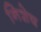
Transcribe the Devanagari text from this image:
निशेष